Annual report on the working of the lock hospitals in the North-Western Provinces and Oudh
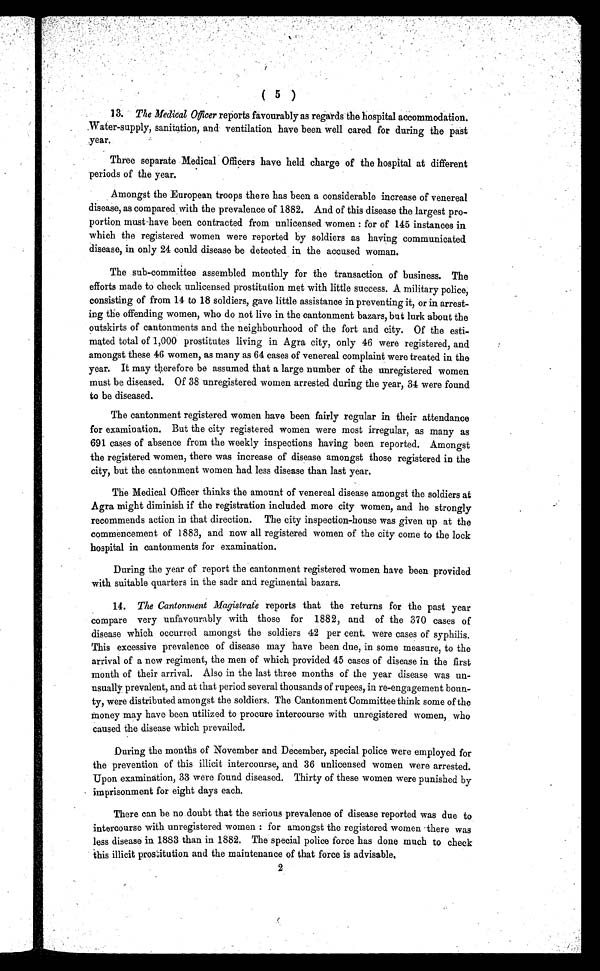
( 5 )
13. The Medical Officer reports favourably as regards the hospital accommodation.
Water-supply, sanitation, and ventilation have been well cared for during the past
year.
Three separate Medical Officers have held charge of the hospital at different
periods of the year.
Amongst the European troops there has been a considerable increase of venereal
disease, as compared with the prevalence of 1882. And of this disease the largest pro-
portion must have been contracted from unlicensed women: for of 145 instances in
which the registered women were reported by soldiers as having communicated
disease, in only 24 could disease be detected in the accused woman.
The sub-committee assembled monthly for the transaction of business. The
efforts made to check unlicensed prostitution met with little success. A military police,
consisting of from 14 to 18 soldiers, gave little assistance in preventing it, or in arrest-
ing the offending women, who do not live in the cantonment bazars, but lurk about the
outskirts of cantonments and the neighbourhood of the fort and city. Of the esti-
mated total of 1,000 prostitutes living in Agra city, only 46 were registered, and
amongst these 46 women, as many as 64 cases of venereal complaint were treated in the
year. It may therefore be assumed that a large number of the unregistered women
must be diseased. Of 38 unregistered women arrested during the year, 34 were found
to be diseased.
The cantonment registered women have been fairly regular in their attendance
for examination. But the city registered women were most irregular, as many as
691 cases of absence from the weekly inspections having been reported. Amongst
the registered women, there was increase of disease amongst those registered in the
city, but the cantonment women had less disease than last year.
The Medical Officer thinks the amount of venereal disease amongst the soldiers at
Agra might diminish if the registration included more city women, and he strongly
recommends action in that direction. The city inspection-house was given up at the
commencement of 1883, and now all registered women of the city come to the lock
hospital in cantonments for examination.
During the year of report the cantonment registered women have been provided
with suitable quarters in the sadr and regimental bazars.
14. The Cantonment Magistrate reports that the returns for the past year
compare very unfavourably with those for 1882, and of the 370 cases of
disease which occurred amongst the soldiers 42 per cent. were cases of syphilis.
This excessive prevalence of disease may have been due, in some measure, to the
arrival of a new regiment, the men of which provided 45 cases of disease in the first
month of their arrival. Also in the last three months of the year disease was un-
usually prevalent, and at that period several thousands of rupees, in re-engagement boun-
ty, were distributed amongst the soldiers. The Cantonment Committee think some of the
money may have been utilized to procure intercourse with unregistered women, who
caused the disease which prevailed.
During the months of November and December, special police were employed for
the prevention of this illicit intercourse, and 36 unlicensed women were arrested.
Upon examination, 33 were found diseased. Thirty of these women were punished by
imprisonment for eight days each.
There can be no doubt that the serious prevalence of disease reported was due to
intercourse with unregistered women: for amongst the registered women there was
less disease in 1883 than in 1882. The special police force has done much to check
this illicit prostitution and the maintenance of that force is advisable.
2